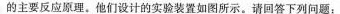
的主要反应源理。他们设计的实验装置如图所示。请回答下列问题：